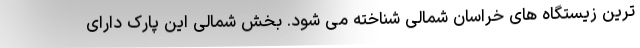
ترین زیستگاه های خراسان شمالی شناخته می شود. بخش شمالی این پارک دارای